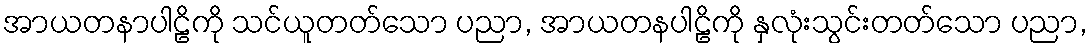
အာယတနာပါဠိကို သင်ယူတတ်သော ပညာ, အာယတနပါဠိကို နှလုံးသွင်းတတ်သော ပညာ,